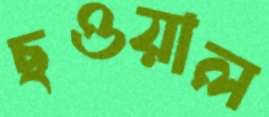
ছওয়াল